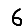
Digit: 6